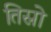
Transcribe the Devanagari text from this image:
तिस्रो